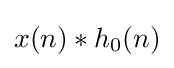
x(n)*h_{0}(n)